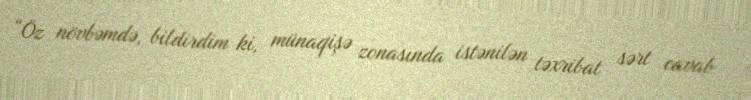
“Öz növbəmdə, bildirdim ki, münaqişə zonasında istənilən təxribat sərt cavab